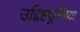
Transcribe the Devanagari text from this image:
उद्दिष्टपूर्तीच्या